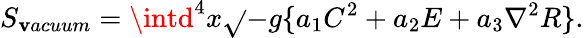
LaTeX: S_{\mathbf{v}acuum}=\intd^{4}x\sqrt{}{{-g}}\{ a_{1}C^{2}+a_{2}E+a_{3}{\nabla}^{2}R\} .